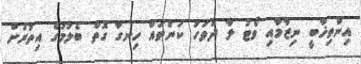
އިންތިޚާބީ ނިޒާމާއި ވޯޓު ލާ ދުވަހު ކަންތައް ހިނގާ ގޮތް ބެލުމުގެ އިތުރަށް